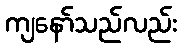
ကျနော်သည်လည်း